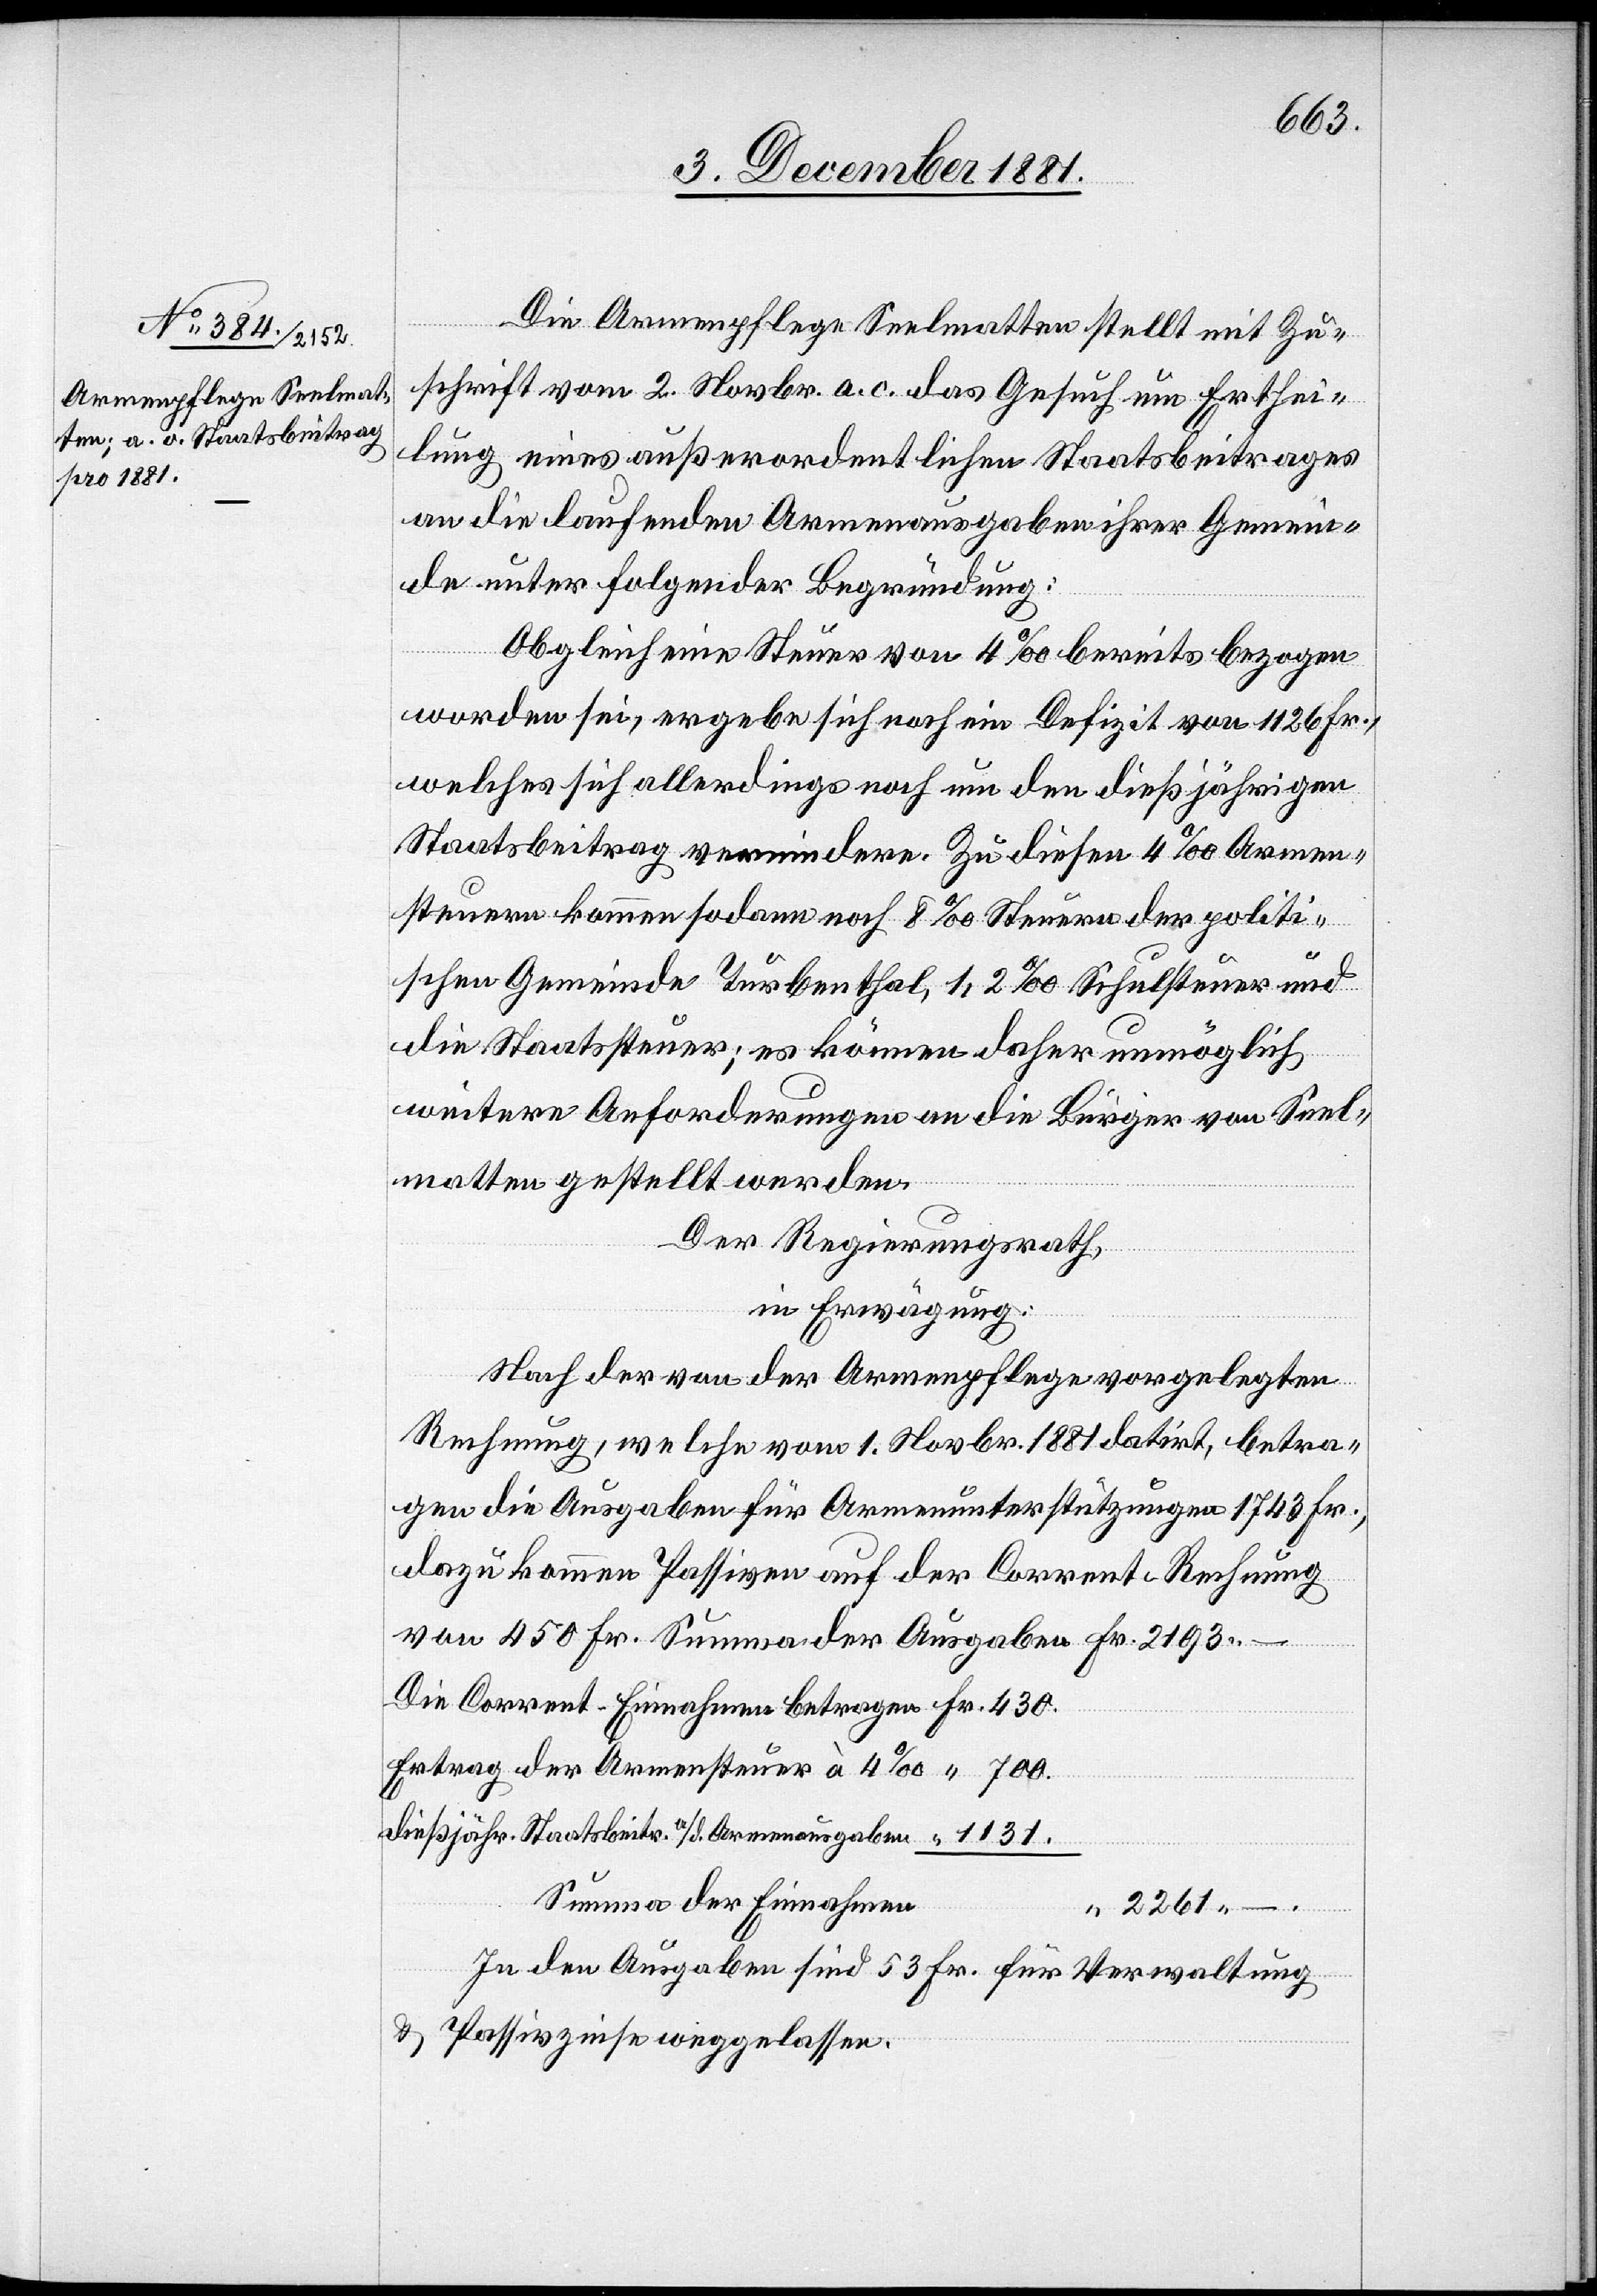
430.
Fr.
Die Armenpflege Seelmatten stellt mit Zu¬
schrift vom 2. Novbr. a. c. das Gesuch um Erthei¬
lung eines außerordentlichen Staatsbeitrages
an die laufenden Armenausgaben ihrer Gemein¬
de unter folgender Begründung:
nt-Einnahmen
Obgleich eine Steuer von 4‰ bereits bezogen
worden sei, ergebe sich noch ein Defizit von 1126 Fr.,
welches sich allerdings noch um den dießjährigen
Staatsbeitrag vermindere. Zu diesen 4‰ Armen¬
steuern kommen sodann noch 8‰ Steuern der politi¬
schen Gemeinde Turbenthal, 1,2‰ Schulsteuer und
die Staatssteuer; es können daher unmöglich
261
weitere Anforderungen an die Bürger von Seel¬
–
matten gestellt werden.
Der Regierungsrath,
in Erwägung:
Nach der von der Armenpflege vorgelegten
Rechnung, welche vom 1. Novbr. 1881 datirt, betra¬
gen die Ausgaben für Armenunterstützungen 1743 Fr.,
Ertrag der Armensteuer à 4‰
dießjähr. Staatsbeitr. a/d. Armenausgaben
Summa der Einnahmen
In den Ausgaben sind 53 Fr. für Verwaltung
& Passivzinse weggelassen.